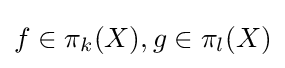
f\in \pi _{k}(X),g\in \pi _{l}(X)